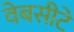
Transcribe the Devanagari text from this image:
वेबसीटे